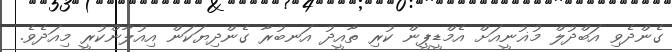
ގެންދެވި އަބްދުލް މުޣުނީއަށް އެމްޑީޕީން ކުރި ތާއީދު އަނބުރާ ގެންދިޔަކަން އިއުލާންކުރީ މިއަދެވެ.